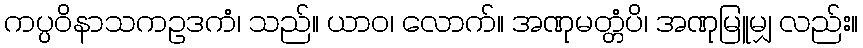
ကပ္ပဝိနာသကဥဒကံ၊ သည်။ ယာဝ၊ လောက်။ အဏုမတ္တံပိ၊ အဏုမြူမျှ လည်း။